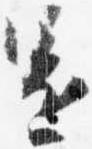
還